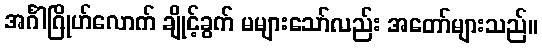
အင်္ဂါဂြိုဟ်လောက် ချိုင့်ခွက် မများသော်လည်း အတော်များသည်။